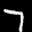
Label: 7